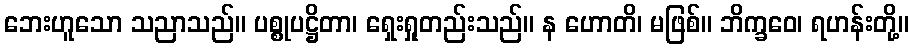
ဘေးဟူသော သညာသည်။ ပစ္စုပဋ္ဌိတာ၊ ရှေးရှုတည်းသည်။ န ဟောတိ၊ မဖြစ်။ ဘိက္ခဝေ၊ ရဟန်းတို့။